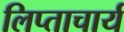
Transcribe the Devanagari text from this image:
लिप्ताचार्य